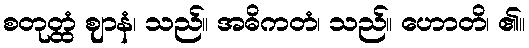
စတုတ္ထံ ဈာနံ၊ သည်။ အဓိကတံ၊ သည်။ ဟောတိ၊ ၏။